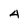
Character: 4